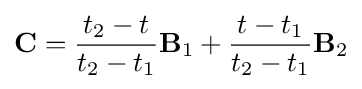
\mathbf {C} ={\frac {t_{2}-t}{t_{2}-t_{1}}}\mathbf {B} _{1}+{\frac {t-t_{1}}{t_{2}-t_{1}}}\mathbf {B} _{2}